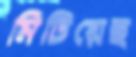
মিটিয়েছ